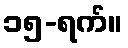
၁၅-ရက်။